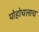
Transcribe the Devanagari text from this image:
पोहोचलाच